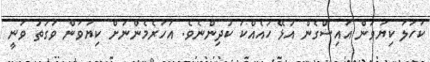
ކަހަލަ ކިޔަވަން އައިސްގެން އުޅޭ ހައެއްކަ ކުދިންނެވެ. އަހަރެމެންނަށް ކިޔަވަން ވަގުތު ވަނީ